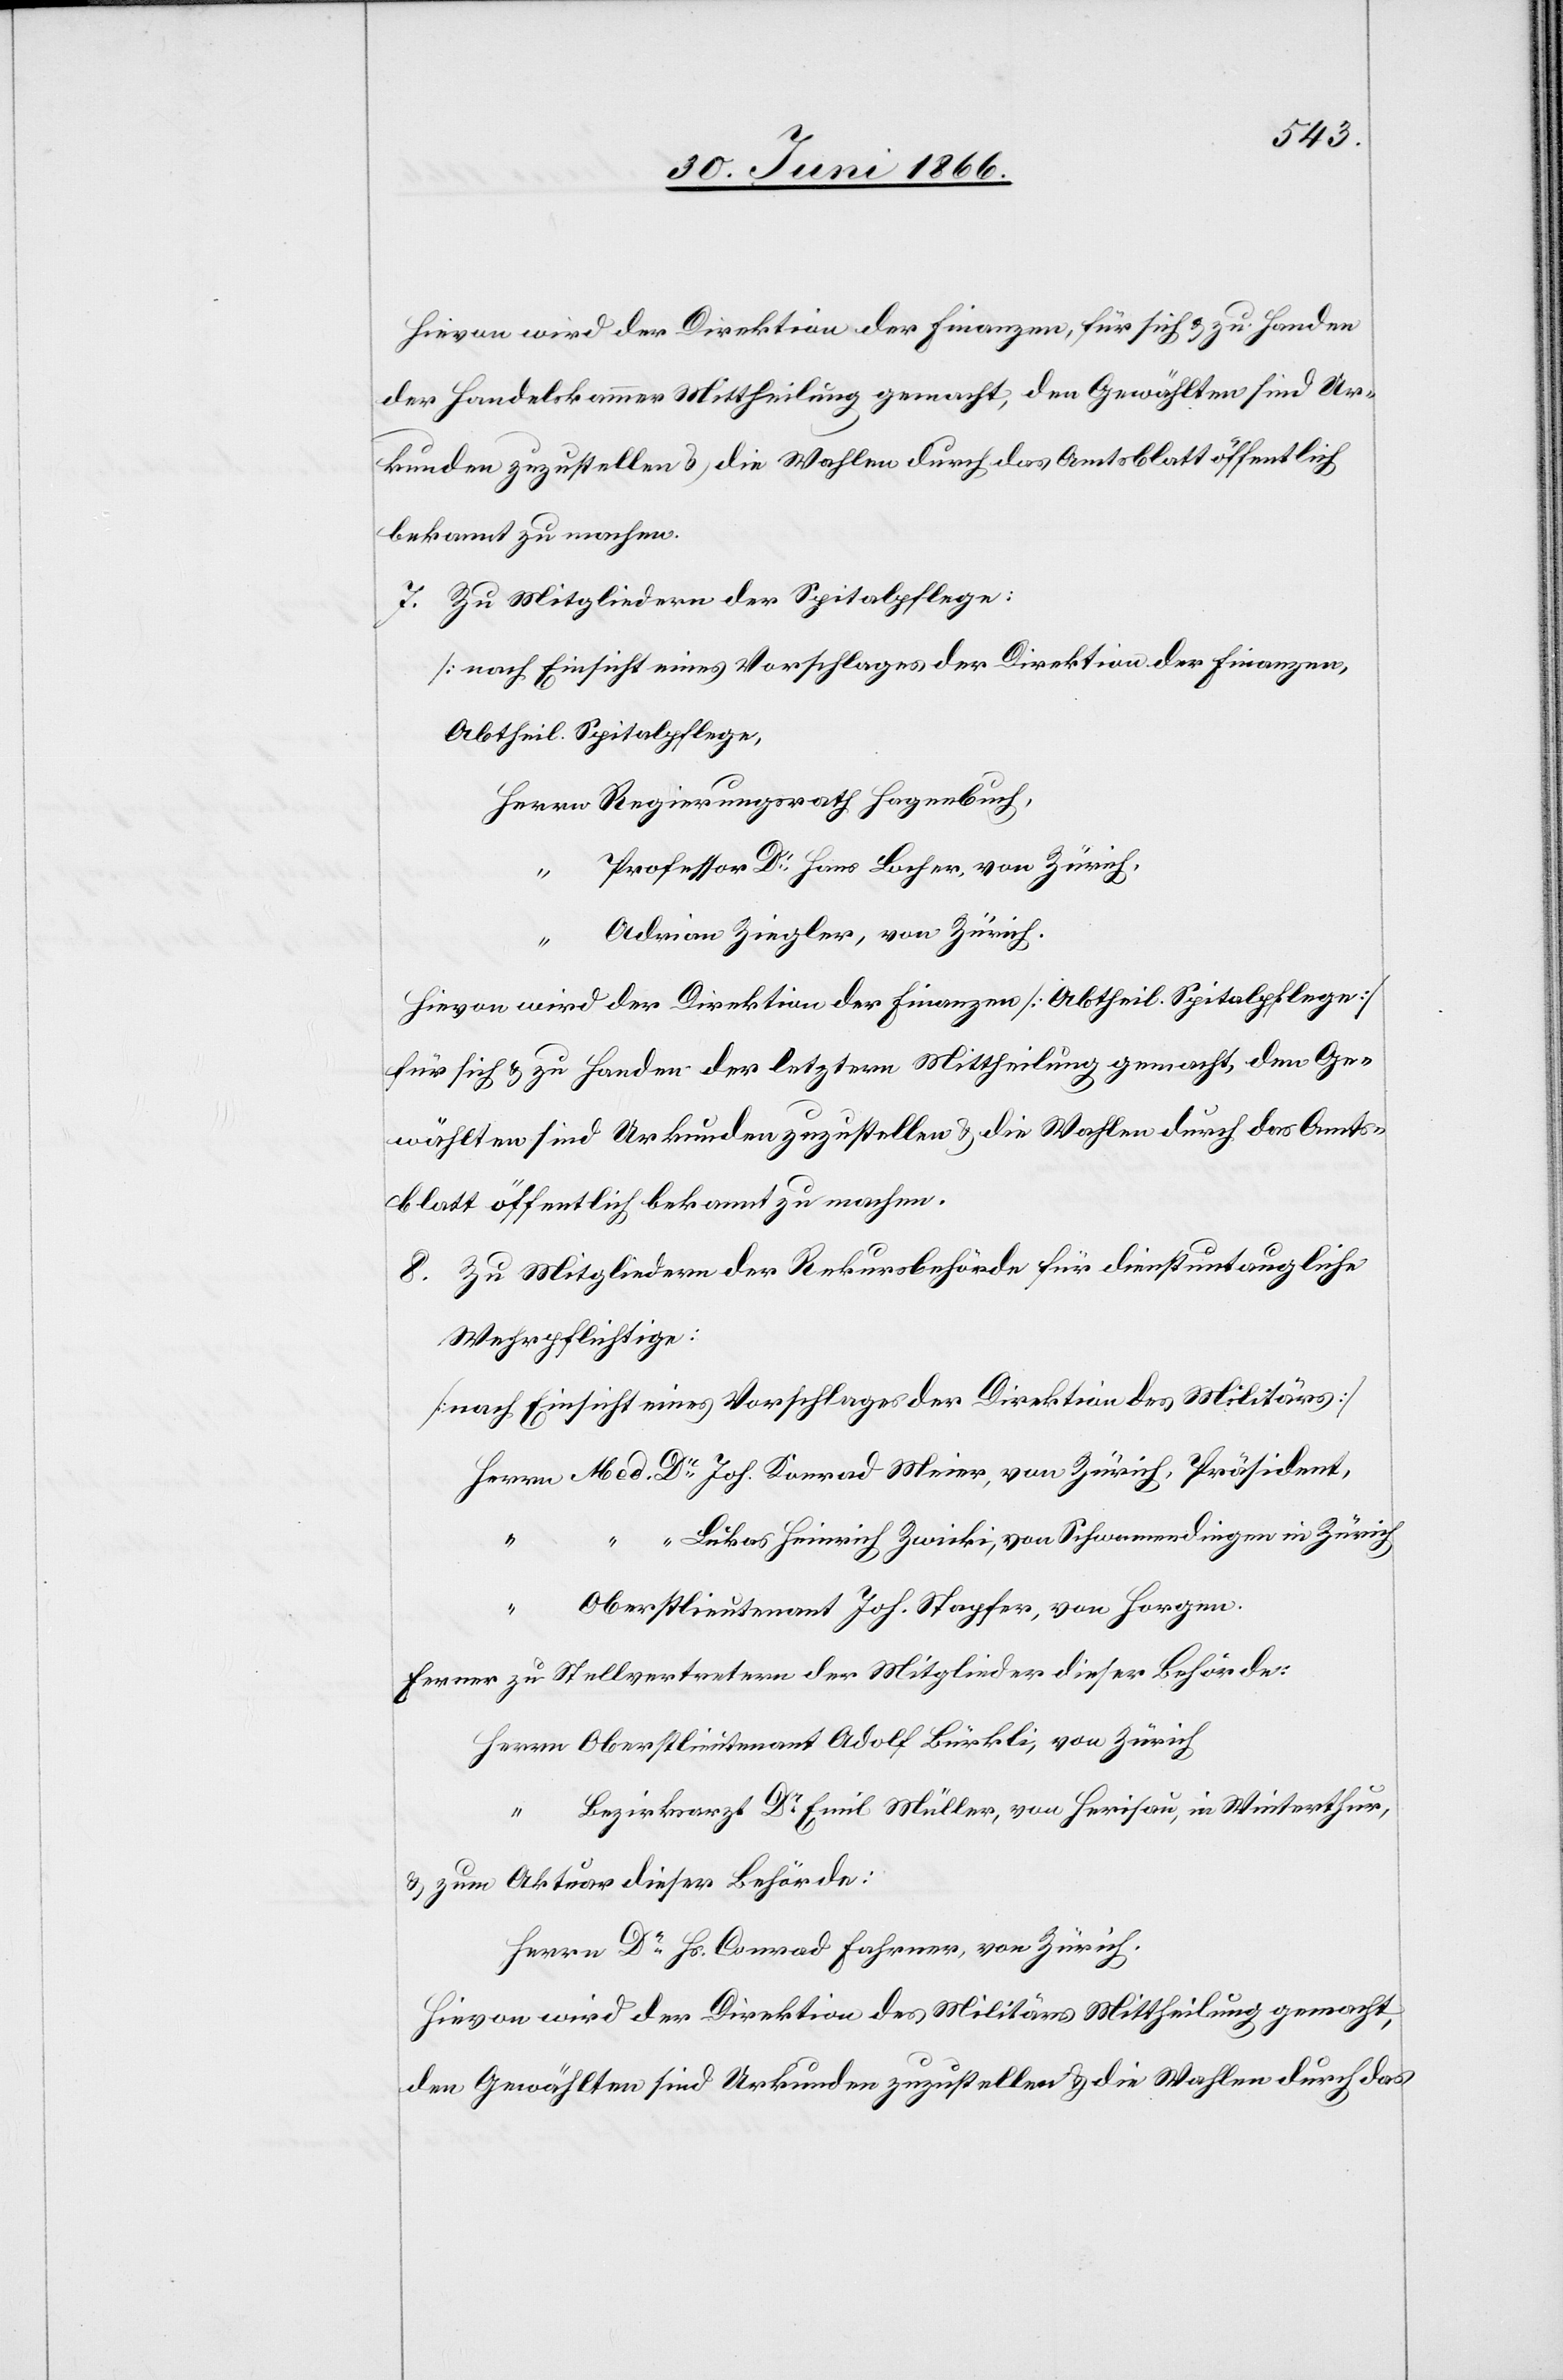
Hievon wird der Direktion der Finanzen, für sich u. zu Handen
der Handelskammer Mittheilung gemacht, den Gewählten sind Ur¬
kunden zuzustellen u. die Wahlen durch das Amtsblatt öffentlich
bekannt zu machen.
7. Zu Mitgliedern der Spitalpflege:
[nach Einsicht eines Vorschlages der Direktion der Finanzen,
Abtheil. Spitalpflege[]],
Professor Dr. Hans Locher, von Zürich,
“
Adrian Ziegler, von Zürich.
Hievon wird der Direktion der Finanzen [Abtheil. Spitalpflege]
für sich u. zu Handen der letztern Mittheilung gemacht, den Ge¬
wählten sind Urkunden zuzustellen u. die Wahlen durch das Amts¬
blatt öffentlich bekannt zu machen.
8. Zu Mitgliedern der Rekursbehörde für dienstuntaugliche
Wehrpflichtige:
[nach Einsicht eines Vorschlages der Direktion des Militärs]
Lukas Heinrich Zwicki, von Schwamendingen in Zürich
“
Oberstlieutenant Joh. Stapfer, von Horgen.
u. zum Aktuar dieser Behörde:
Herrn Dr. Hs. Conrad Fahrner, von Zürich.
Hievon wird der Direktion des Militärs Mittheilung gemacht,
gen Gewählten sind Urkunden zuzustellen u. die Wahlen durch das